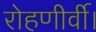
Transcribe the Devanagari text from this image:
रोहणीर्वी।